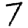
Digit: 7